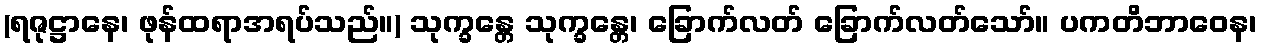
(ရဇုဋ္ဌာနေ၊ ဖုန်ထရာအရပ်သည်။) သုက္ခန္တေ သုက္ခန္တေ၊ ခြောက်လတ် ခြောက်လတ်သော်။ ပကတိဘာဝေန၊